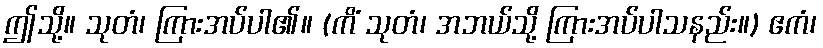
ဤသို့။ သုတံ၊ ကြားအပ်ပါ၏။ (ကိံ သုတံ၊ အဘယ်သို့ ကြားအပ်ပါသနည်း။) ဧကံ၊